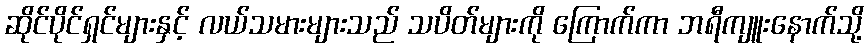
ဆိုင်ပိုင်ရှင်များနှင့် လယ်သမားများသည် သပိတ်များကို ကြောက်ကာ ဘရီကျူးနောက်သို့